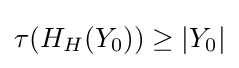
\tau (H_{H}(Y_{0}))\geq |Y_{0}|